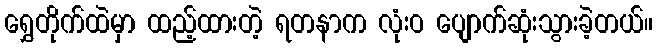
ရွှေတိုက်ထဲမှာ ထည့်ထားတဲ့ ရတနာက လုံးဝ ပျောက်ဆုံးသွားခဲ့တယ်။